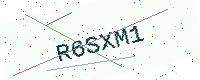
Text: R6SXM1